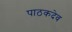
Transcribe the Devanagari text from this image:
पाठकदेव